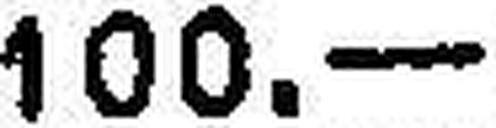
100.—